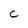
Character: c